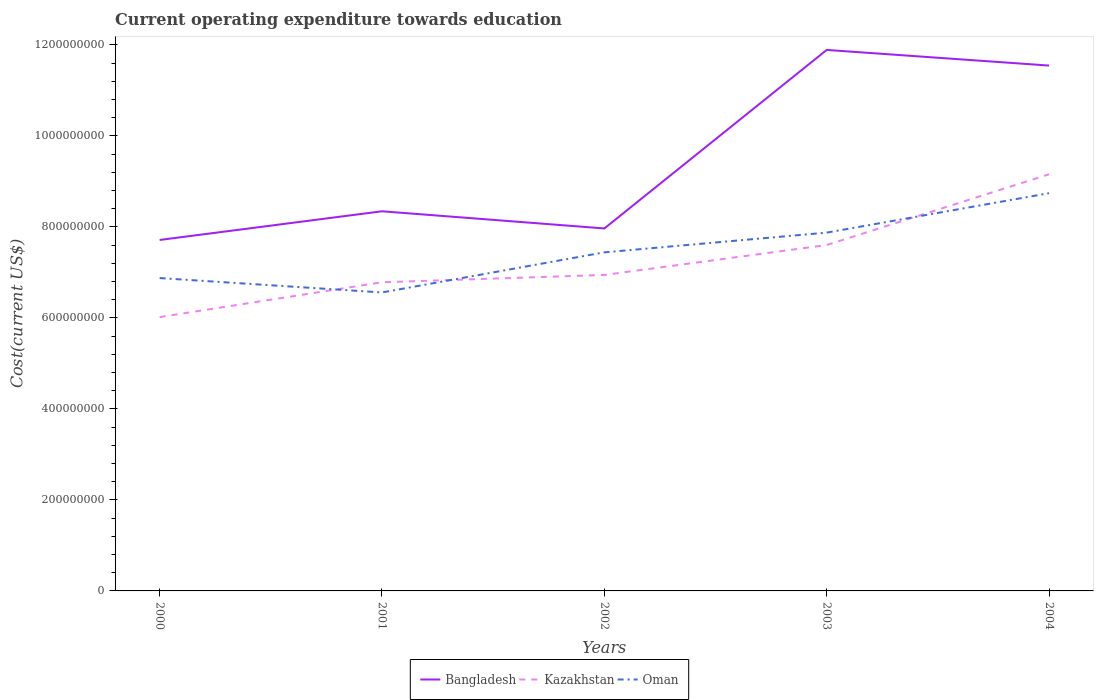
| Years | Bangladesh | Kazakhstan | Oman |
 | --- | --- | --- | --- |
 | 2000 | 7.71e+08 | 6.02e+08 | 6.88e+08 |
 | 2001 | 8.34e+08 | 6.78e+08 | 6.56e+08 |
 | 2002 | 7.97e+08 | 6.95e+08 | 7.44e+08 |
 | 2003 | 1.19e+09 | 7.6e+08 | 7.88e+08 |
 | 2004 | 1.15e+09 | 9.16e+08 | 8.74e+08 |